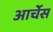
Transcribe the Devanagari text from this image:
आर्चेस